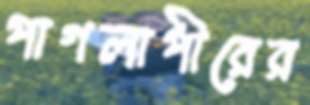
পাগলাপীরের